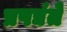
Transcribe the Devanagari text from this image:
प्रपद्यंते